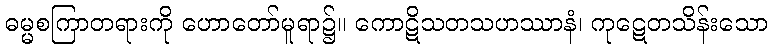
ဓမ္မစကြာတရားကို ဟောတော်မူရာ၌။ ကောဋိသတသဟဿာနံ၊ ကုဋေတသိန်းသော